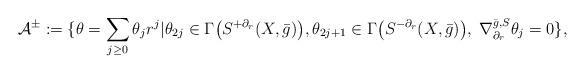
LaTeX: \begin{align*} \mathcal{A}^\pm:=\{\theta=\sum_{j\geq 0} \theta_jr^j| \theta_{2j}\in\Gamma\big(S^{+\partial_r}(X,\bar{g})\big), \theta_{2j+1}\in\Gamma\big(S^{-\partial_r}(X,\bar{g})\big), \; \nabla^{\bar{g},S}_{\partial_r}\theta_j=0 \}, \end{align*}